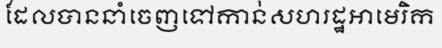
ដែលបាននាំចេញទៅកាន់សហរដ្ឋអាមេរិក